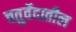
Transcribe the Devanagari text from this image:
चतुर्वेदातील